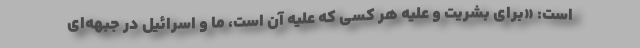
است: «برای بشریت و علیه هر کسی که علیه آن است، ما و اسرائیل در جبهه‌ای